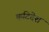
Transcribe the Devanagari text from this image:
कटिदेश